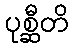
ပုစ္ဆီတိ